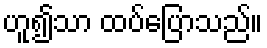
ဟူ၍သာ ထပ်ပြောသည်။